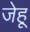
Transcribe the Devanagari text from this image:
जेहू